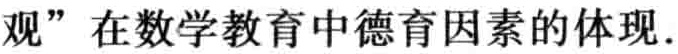
观”在数学教育中德育因素的体现.